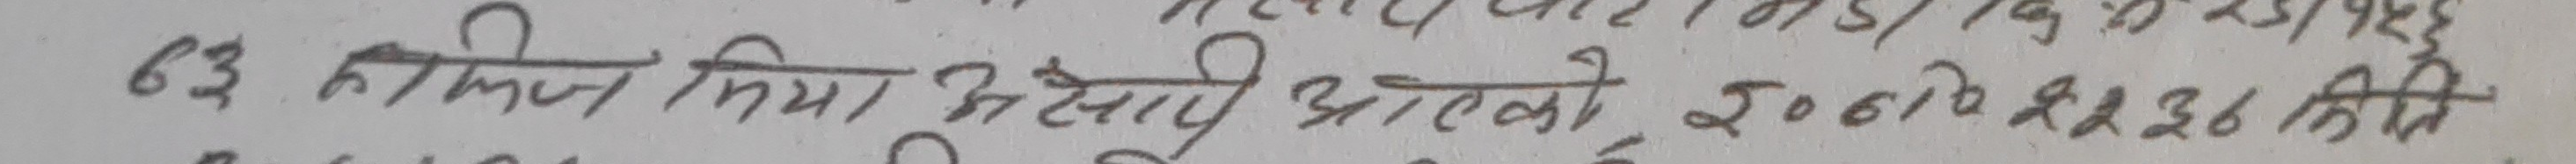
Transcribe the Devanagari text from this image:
63 किमि मिया मेसेप अधाले २००० के ३२३६ किमि